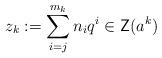
LaTeX: \begin{align*}z_k := \sum_{i=j}^{m_k} n_i q^i \in \mathsf{Z}(a^k)\end{align*}